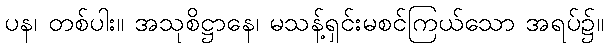
ပန၊ တစ်ပါး။ အသုစိဋ္ဌာနေ၊ မသန့်ရှင်းမစင်ကြယ်သော အရပ်၌။